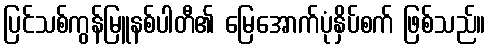
ပြင်သစ်ကွန်မြူနစ်ပါတီ၏ မြေအောက်ပုံနှိပ်စက် ဖြစ်သည်။